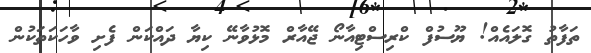
ތަފާތު ގޮލައެެއް! ޔޫސުފް ކްރިސްޓިއާނޯޯ ޖޭއާރް މޮޅުވާނޭ ކިޔާ ދައްކަން ފެށި ވާހަކަތަކުން